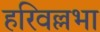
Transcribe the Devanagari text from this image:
हरिवल्लभा